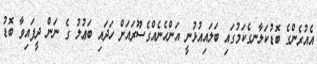
އެއުރެންގެ ބޮޑުކަލާނގެކަމުގައި ބަލައިއުޅުނީ އަންހެނެއްގެސޫރައަށް ހަދައި ބަޢުލު ގެ ނަން ދީފައިވާ ބޮޑު